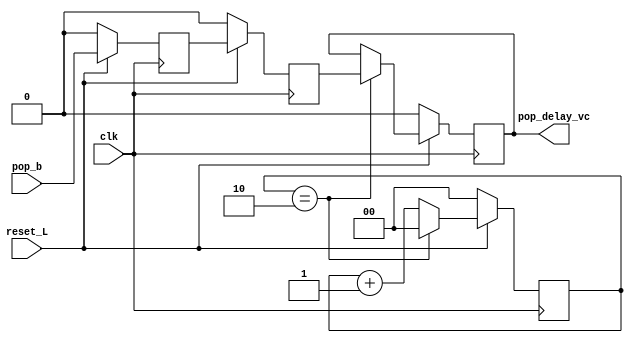
module buffer(
    input clk,
    input reset_L,
    input pop_b,
    output reg pop_delay_vc
);
reg [1:0]contador;
reg atraso_d;
reg atraso_dd;

always @(posedge clk)begin
    if(!reset_L)begin
        contador<='b0;
        pop_delay_vc<='b0;
        atraso_d<='b0;
        atraso_dd<='b0;
    end
    else begin
        contador<=contador+1;
        atraso_d<=pop_b;
        atraso_dd<=atraso_d;
        if(contador==2)begin
            pop_delay_vc<=atraso_dd;
            contador<='b0;
        end
    end
end



endmodule